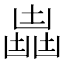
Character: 𠚛